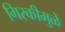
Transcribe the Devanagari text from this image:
गिरकीमुळे